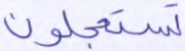
تستعجلون